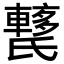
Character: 𨎱